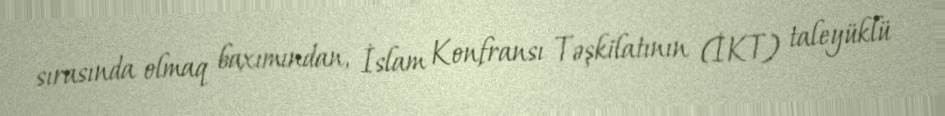
sırasında olmaq baxımından, İslam Konfransı Təşkilatının (İKT) taleyüklü